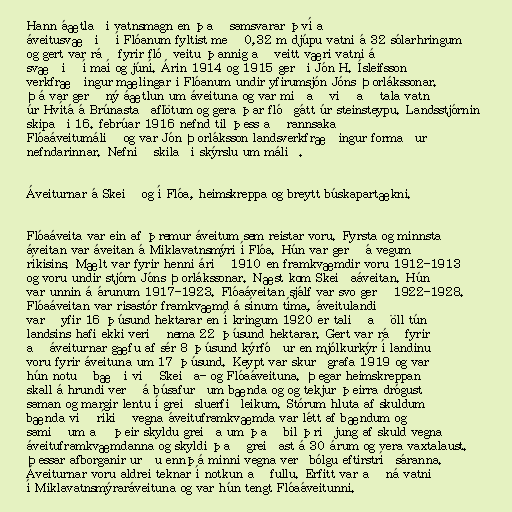
Hann áætlaði vatnsmagn en það samsvarar því að
áveitusvæðið í Flóanum fyltist með 0,32 m djúpu vatni á 32 sólarhringum
og gert var ráð fyrir flóðveitu þannig að veitt væri vatni á
svæðið í maí og júní. Árin 1914 og 1915 gerði Jón H. Ísleifsson
verkfræðingur mælingar i Flóanum undir yfirumsjón Jóns Þorlákssonar.
Þá var gerð ný áætlun um áveituna og var miðað við að tala vatn
úr Hvítá á Brúnastaðaflötum og gera þar flóðgátt úr steinsteypu. Landsstjórnin
skipaði 16. febrúar 1916 nefnd til þess að rannsaka
Flóaáveitumálið og var Jón Þorláksson landsverkfræðingur formaður
nefndarinnar. Nefnið skilaði skýrslu um málið.

Áveiturnar á Skeið og í Flóa, heimskreppa og breytt búskapartækni.

Flóaáveita var ein af þremur áveitum sem reistar voru. Fyrsta og minnsta
áveitan var áveitan á Miklavatnsmýri í Flóa. Hún var gerð á vegum
ríkisins. Mælt var fyrir henni árið 1910 en framkvæmdir voru 1912-1913
og voru undir stjórn Jóns Þorlákssonar. Næst kom Skeiðaáveitan. Hún
var unnin á árunum 1917-1923. Flóaáveitan sjálf var svo gerð 1922-1928.
Flóaáveitan var risastór framkvæmd á sínum tíma, áveitulandið
varð yfir 16 þúsund hektarar en í kringum 1920 er talið að öll tún
landsins hafi ekki verið nema 22 þúsund hektarar. Gert var ráð fyrir
að áveiturnar gæfu af sér 8 þúsund kýrfóður en mjólkurkýr í landinu
voru fyrir áveituna um 17 þúsund. Keypt var skurðgrafa 1919 og var
hún notuð bæði við Skeiða- og Flóaáveituna. Þegar heimskreppan
skall á hrundi verð á búsafurðum bænda og og tekjur þeirra drógust
saman og margir lentu í greiðsluerfiðleikum. Stórum hluta af skuldum
bænda við ríkið vegna áveituframkvæmda var létt af bændum og
samið um að þeir skyldu greiða um það bil þriðjung af skuld vegna
áveituframkvæmdanna og skyldi það greiðast á 30 árum og vera vaxtalaust.
Þessar afborganir urðu ennþá minni vegna verðbólgu eftirstríðsáranna.
Áveiturnar voru aldrei teknar í notkun að fullu. Erfitt var að ná vatni
í Miklavatnsmýraráveituna og var hún tengt Flóaáveitunni.